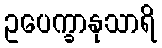
ဥပေက္ခာနုသာရိ